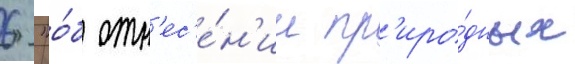
6 "о́б отн'ес'е́н'ии пр'иро́дных